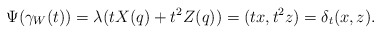
\begin{align*}\Psi(\gamma_W(t)) = \lambda(tX(q) + t^2Z(q)) = (tx,t^2z) = \delta_t (x,z).\end{align*}